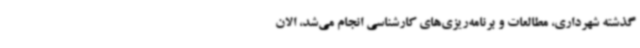
گذشته شهرداری، مطالعات و برنامه‌ریزی‌های کارشناسی انجام می‌شد، الان